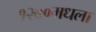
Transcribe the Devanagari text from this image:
१२७०मधला